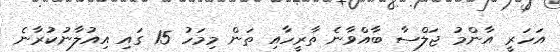
އަހަރީ އާންމު ޖަލްސާ ބާއްވާނެ ތާރީހާއި ތަން މިމަހު 15 ގައި އިއުލާނުކުރާނެ